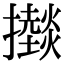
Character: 𢸱